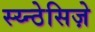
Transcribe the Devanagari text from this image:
स्य्न्ठेसिज़े